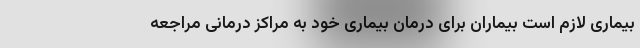
بیماری لازم است بیماران برای درمان بیماری خود به مراکز درمانی مراجعه